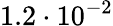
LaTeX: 1.2\cdot 10^{-2}